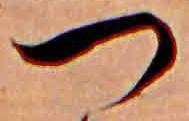
つ